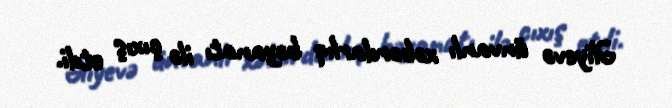
Əliyevə ünvanlı xəbərdarlıq bəyanatı ilə çıxış etdi.